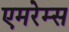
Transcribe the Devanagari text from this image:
एमरेम्स